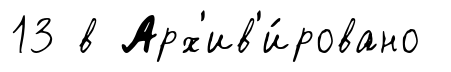
13 в Арх'ив'и́ровано